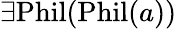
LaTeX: \exists{\mathrm{Phil}}({\mathrm{Phil}}(a))